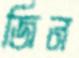
জিন